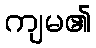
ကျမ၏